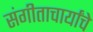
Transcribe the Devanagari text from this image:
संगीताचार्यांचे